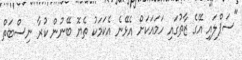
"ސަޕްލައި އޭގެ ޒާތުގައި ހަމައަކަށް އެޅޭނެ އެކަމަކު ތެޔޮ ބޭނުން ކުރާ ނިސްބަތް